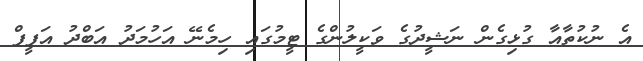
އެ ނުކުތާއާ ގުޅިގެން ނަޝީދުގެ ވަކީލުންގެ ޓީމުގައި ހިމެނޭ އަހުމަދު އަބްދު އަފީފް